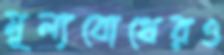
মূল্যবোধেরও